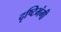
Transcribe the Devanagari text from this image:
दृष्टिभंगी